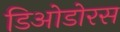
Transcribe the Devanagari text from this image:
डिओडोरस